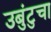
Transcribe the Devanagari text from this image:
उबुंटुचा